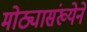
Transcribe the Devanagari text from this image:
मोठ्यासंख्येने